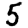
Digit: 5